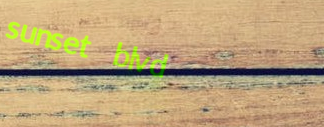
sunset blvd